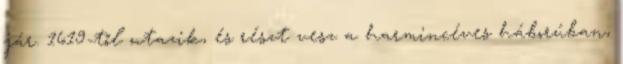
jár. 1619-től utazik, és részt vesz a harmincéves háborúban,